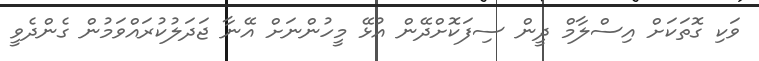
ވަކި ގޮތަކަށް އިސްލާމް ދީން ސިފަކޮށްދޭން އުޅޭ މީހުންނަށް އޭނާ ޖަދަލުކުރައްވަމުން ގެންދެވީ